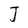
Character: J